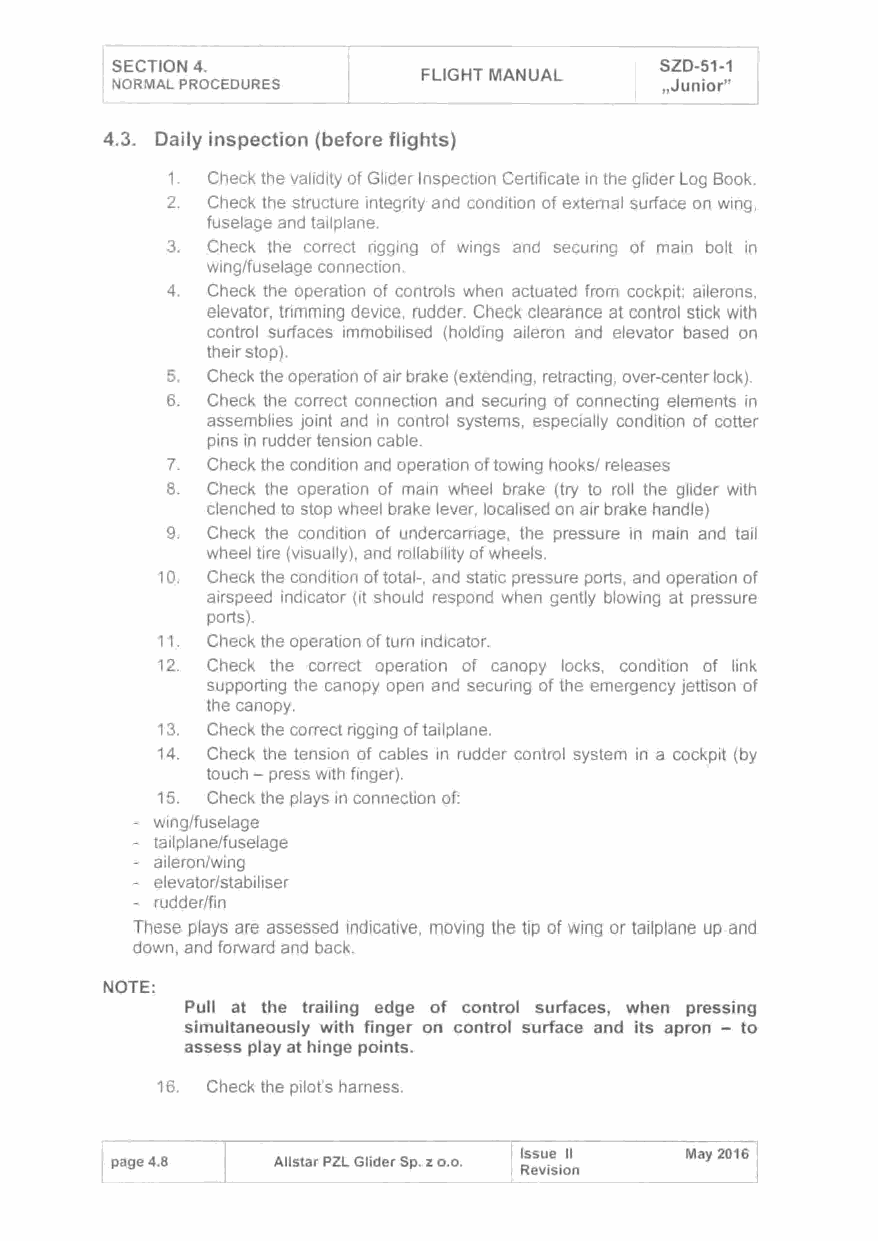
SECTION 4.                           SZD-51-1
 FLIGHT MANUAL
 NORMAL PROCEDURES                    .,Junior"
 4.3. Daily inspection (before flights)
 1. Check the validity of Glider Inspection Certificate in the glider Log Book.
 2. Check the structure integrity and condition of external surface on wing,
 fuselage and tailplane.
 3. Check the correct rigging of wings and securing of main bolt in
 wing/fuselage connection.
 4. Check the operation of controls when actuated from cockpit: ailerons,
 elevator, trimming device, rudder. Check clearance at control stick with
 control surfaces immobilised (holding aileron and elevator based on
 their stop).
 5. Check the operation of air brake (extending, retracting, over-center lock).
 6. Check the correct connection and securing of connecting elements in
 assemblies joint and in control systems, especially condition of cotter
 pins in rudder tension cable.
 7. Check the condition and operation of towing hooks/ releases
 8. Check the operation of main wheel brake (try to roll the glider with
 clenched to stop wheel brake lever, localised on air brake handle)
 9. Check the condition of undercarriage, the pressure in main and tail
 wheel tire (visually}, and reliability of wheels.
 10 . Check the condition of total-, and static pressure ports, and operation of
 airspeed indicator (it should respond when gently blowing at pressure
 ports).
 11. Check the operation of turn indicator.
 12. Check the correct operation of canopy locks, condition of link
 supporting the canopy open and securing of the emergency jettison of
 the canopy.
 13. Check the correct rigging of tailplane.
 14. Check the tension of cables in rudder control system in a cockpit (by
 touch-press with finger).
 15. Check the plays in connection of:
 - wing/fuselage
 - tailplane/fuselage
 - aileron/wing
 - elevator/stabiliser
 - rudder/fin
 These plays are assessed indicative, moving the tip of wing or tailplane up and
 down, and forward and back.
 NOTE:
 Pull at the trailing edge of control surfaces, when pressing
 simultaneously with finger on control surface and its apron - to
 assess play at hinge points.
 16. Check the pilot's harness.
 page 4.8   Allstar PZL Glider Sp. z o.o. Issue 11 May 2016
 Revision